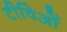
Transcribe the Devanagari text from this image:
टीविओं